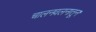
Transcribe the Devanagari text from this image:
चालनवलनातून